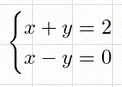
\begin{cases}x+y=2\\x-y=0\end{cases}